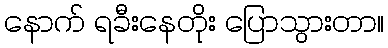
နောက် ရခီးနေတိုး ပြောသွားတာ။